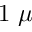
1 \ \mu